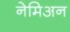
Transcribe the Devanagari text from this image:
नेमिअन